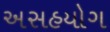
અસહયોગ